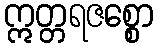
ဣတ္တရဇစ္စော